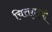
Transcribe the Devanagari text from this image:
चित्तशुद्धी